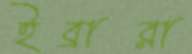
ইব্রারা